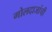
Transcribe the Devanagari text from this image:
गोलदाजांची